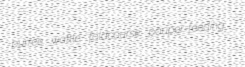
purree wattle foldcourse pauper-feeding